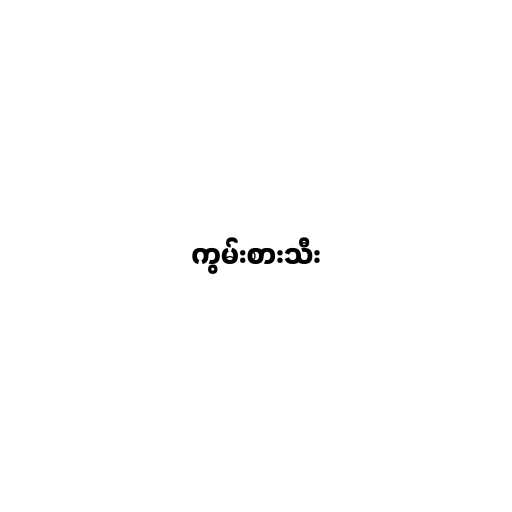
ကွမ်းစားသီး